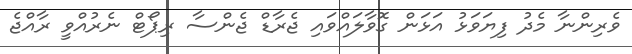
ވެރިންނާ މެދު ފިޔަވަޅު އަޅަން ގޮވާލައްވައި ޖެރާޑް ޖެންސާ ރިޕޯޓް ނެރުއްވީ ރާއްޖެ